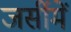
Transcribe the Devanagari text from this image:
जर्सीमें